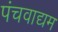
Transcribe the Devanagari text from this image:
पंचवाद्यम